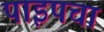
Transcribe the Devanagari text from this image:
पाइपचा